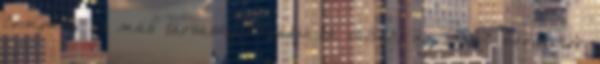
Company és más társaságok bábjaivá váltak, az USA bármikor